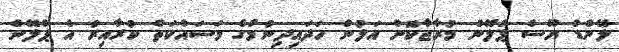
ލޭންޑް ޔޫސް ޕްލޭން މުރާޖާކޮށް އަލުން ހަދައިދިނުމުގެ މަސައްކަތް ކުރާއިރު އެ ޕްލޭން